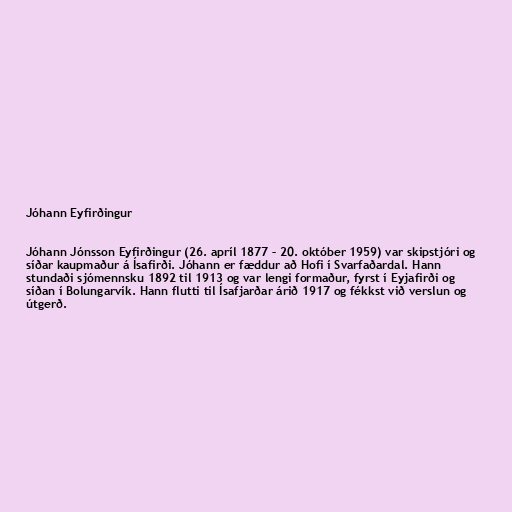
Jóhann Eyfirðingur

Jóhann Jónsson Eyfirðingur (26. apríl 1877 – 20. október 1959) var skipstjóri og
síðar kaupmaður á Ísafirði. Jóhann er fæddur að Hofi í Svarfaðardal. Hann
stundaði sjómennsku 1892 til 1913 og var lengi formaður, fyrst í Eyjafirði og
síðan í Bolungarvík. Hann flutti til Ísafjarðar árið 1917 og fékkst við verslun og
útgerð.